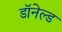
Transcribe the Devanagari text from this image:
डॉनेल्ड